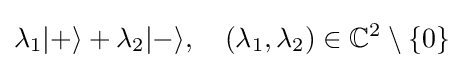
\lambda _{1}|+\rangle +\lambda _{2}|-\rangle ,\quad (\lambda _{1},\lambda _{2})\in \mathbb {C} ^{2}\setminus \{0\}